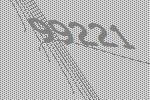
99221